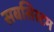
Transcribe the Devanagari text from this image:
सबसिस्टम